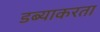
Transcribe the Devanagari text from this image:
डब्याकरता